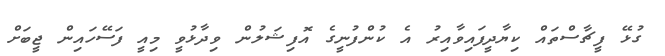
ގުޅޭ ފީޗާސްތައް ކިޔާދީފައިވާއިރު އެ ކުންފުނީގެ އޮފިޝަލުން ވިދާޅުވީ މިއީ ފަސޭހައިން ޖީބަށް